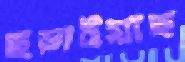
ছড়াইয়াছ